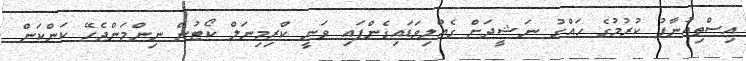
އިސްތިއުނާފު ކުރުމުގެ ހައްގު ނަޝީދަށް ގެއްލިވަޑައިގެންފައި ވަނީ ކްރިމިނަލް ކޯޓުން ނިންމަންޖެހޭ ކަންކަން